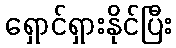
ရှောင်ရှားနိုင်ပြီး